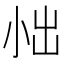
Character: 𪨀